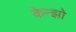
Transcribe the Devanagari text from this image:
केन्झो